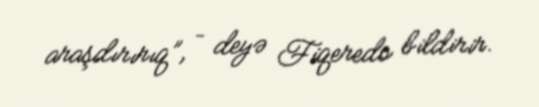
araşdırırıq”, – deyə Fiqeredo bildirir.